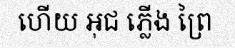
ហើយ អុជ ភ្លើង ព្រៃ